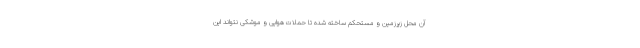
آن محل زیرزمین و مستحکم ساخته شده تا حملات هوایی و موشکی نتواند این